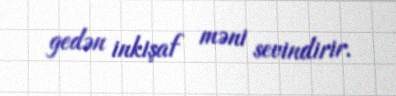
gedən inkişaf məni sevindirir.